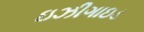
ઇઝીગાઇડ